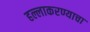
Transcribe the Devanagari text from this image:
हल्लाकरण्याचा